Scottish Certificate of Education, 1963
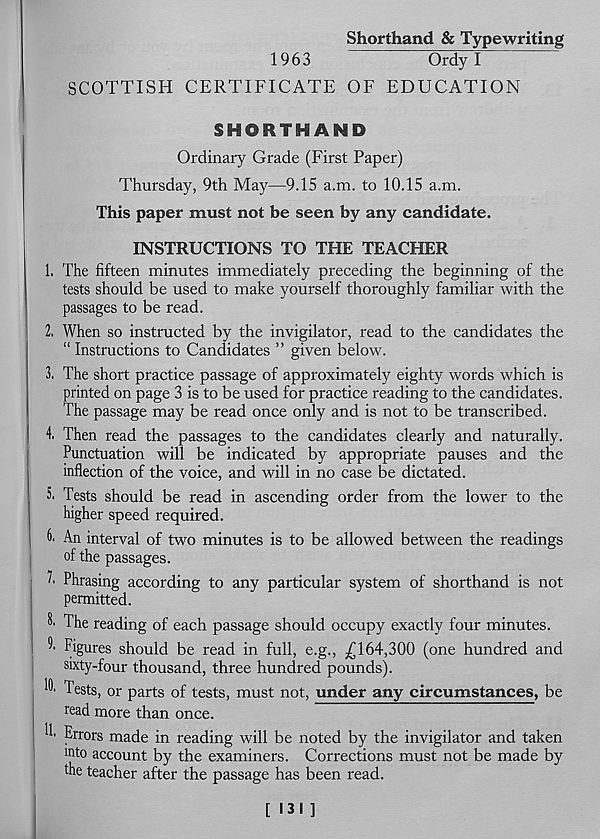
Shorthand & Typewriting
1963
0?d7l
SCOTTISH CERTIFICATE OF EDUCATION
SHORTHAND
Ordinary Grade (First Paper)
Thursday, 9th May—9.15 a.m. to 10.15 a.m.
This paper must not be seen by any candidate.
INSTRUCTIONS TO THE TEACHER
1. The fifteen minutes immediately preceding the beginning of the
tests should be used to make yourself thoroughly familiar with the
passages to be read.
2. When so instructed by the invigilator, read to the candidates the
“ Instructions to Candidates ” given below.
3. The short practice passage of approximately eighty words which is
printed on page 3 is to be used for practice reading to the candidates.
The passage may be read once only and is not to be transcribed.
4. Then read the passages to the candidates clearly and naturally.
Punctuation will be indicated by appropriate pauses and the
inflection of the voice, and will in no case be dictated.
5. Tests should be read in ascending order from the lower to the
higher speed required.
6. An interval of two minutes is to be allowed between the readings
of the passages.
7' Phrasing according to any particular system of shorthand is not
permitted.
The reading of each passage should occupy exactly four minutes.
^ Figures should be read in full, e.g., _£ 164,300 (one hundred and
sixty-four thousand, three hundred pounds).
Tests, or parts of tests, must not, under any circumstances, be
read more than once.
T Errors made in reading will be noted by the invigilator and taken
mto account by the examiners. Corrections must not be made by
the teacher after the passage has been read.
[ 131 ]